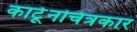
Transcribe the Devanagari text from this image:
कार्टूनचित्रकार